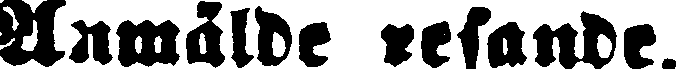
Anmälde resande.